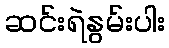
ဆင်းရဲနွမ်းပါး